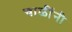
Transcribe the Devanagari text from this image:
चाळींनी